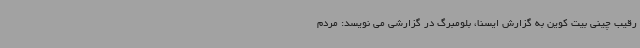
رقیب چینی بیت کوین به گزارش ایسنا، بلومبرگ در گزارشی می نویسد: مردم